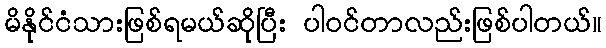
မိနိုင်ငံသားဖြစ်ရမယ်ဆိုပြီး ပါဝင်တာလည်းဖြစ်ပါတယ်။